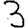
Digit: 3